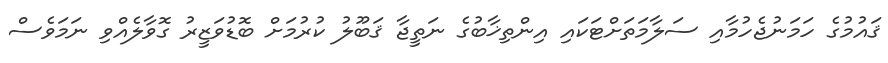
ޤައުމުގެ ހަމަނުޖެހުމާއި ސަލާމަތަށްޓަކައި އިންތިޚާބުގެ ނަތީޖާ ޤަބޫލު ކުރުމަށް ބޮޑުވަޒީރު ގޮވާލެއްވި ނަމަވެސް